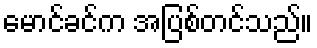
မောင်ခင်က အပြစ်တင်သည်။